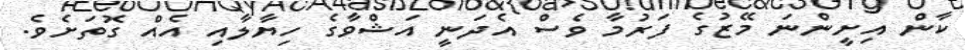
ކާން އިށީންނަ މޭޒުގެ ފަރުމާ ވެސް އެދަނީ އަޝްވާގެ ހިޔާލާއި އެއް ގޮތަށެވެ.